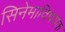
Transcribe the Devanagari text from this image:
सिनेमाविषयक